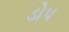
ડોપ